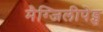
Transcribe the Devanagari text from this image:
मैग्जिलीपेड्स